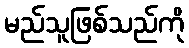
မည်သူဖြစ်သည်ကို